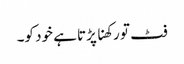
فٹ تو رکھنا پڑتا ہے خود کو۔